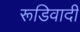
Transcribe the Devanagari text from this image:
रूडिवादी